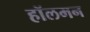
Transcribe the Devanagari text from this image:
हॉलमन